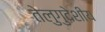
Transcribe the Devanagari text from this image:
तेलुगुदेशीय